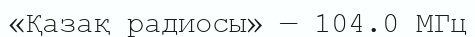
«Қазақ радиосы» — 104.0 МГц